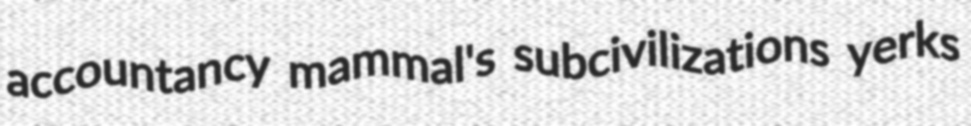
accountancy mammal's subcivilizations yerks